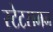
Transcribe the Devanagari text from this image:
स्टेटसमन